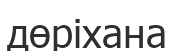
дөріхана